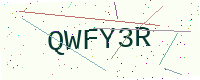
Text: QWFY3R